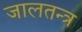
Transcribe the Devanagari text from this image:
जालतन्त्र